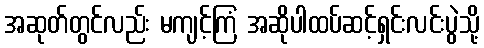
အဆုတ်တွင်လည်း မကျင့်ကြံ အဆိုပါထပ်ဆင့်ရှင်းလင်းပွဲသို့